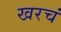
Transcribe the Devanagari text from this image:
खरचं